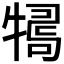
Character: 𤛒